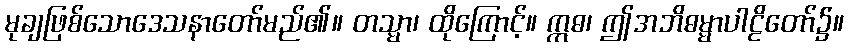
မုချဖြစ်သောဒေသနာတော်မည်၏။ တသ္မာ၊ ထိုကြောင့်။ ဣဓ၊ ဤအဘိဓမ္မာပါဠိတော်၌။